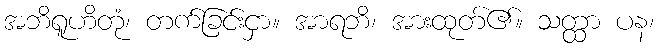
အဘိရူဟိတုံ၊ တက်ခြင်းငှာ။ အာရဘိ၊ အားထုတ်၏။ သတ္ထာ ပန၊